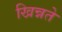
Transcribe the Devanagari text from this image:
खिन्नते